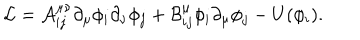
{ \cal { L } } = { \cal { A } } _ { i j } ^ { \mu \nu } \partial _ { \mu } \phi _ { i } \partial _ { \nu } \phi _ { j } + { \cal { B } } _ { i j } ^ { \mu } \phi _ { i } \partial _ { \mu } \phi _ { j } - U ( \phi _ { i } ) .